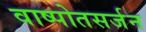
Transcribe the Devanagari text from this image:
वाष्पोतसर्जन